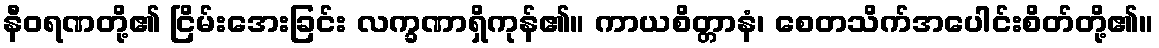
နီဝရဏတို့၏ ငြိမ်းအေးခြင်း လက္ခဏာရှိကုန်၏။ ကာယစိတ္တာနံ၊ စေတသိက်အပေါင်းစိတ်တို့၏။